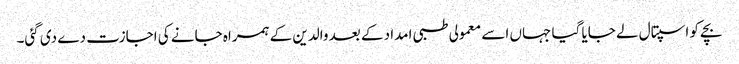
بچے کو اسپتال لے جایا گیا جہاں اسے معمولی طبی امداد کے بعد والدین کے ہمراہ جانے کی اجازت دے دی گئی۔